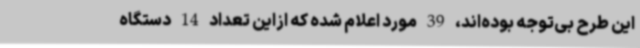
این طرح بی‌توجه بوده‌اند، 39 مورد اعلام شده که ازاین تعداد 14 دستگاه